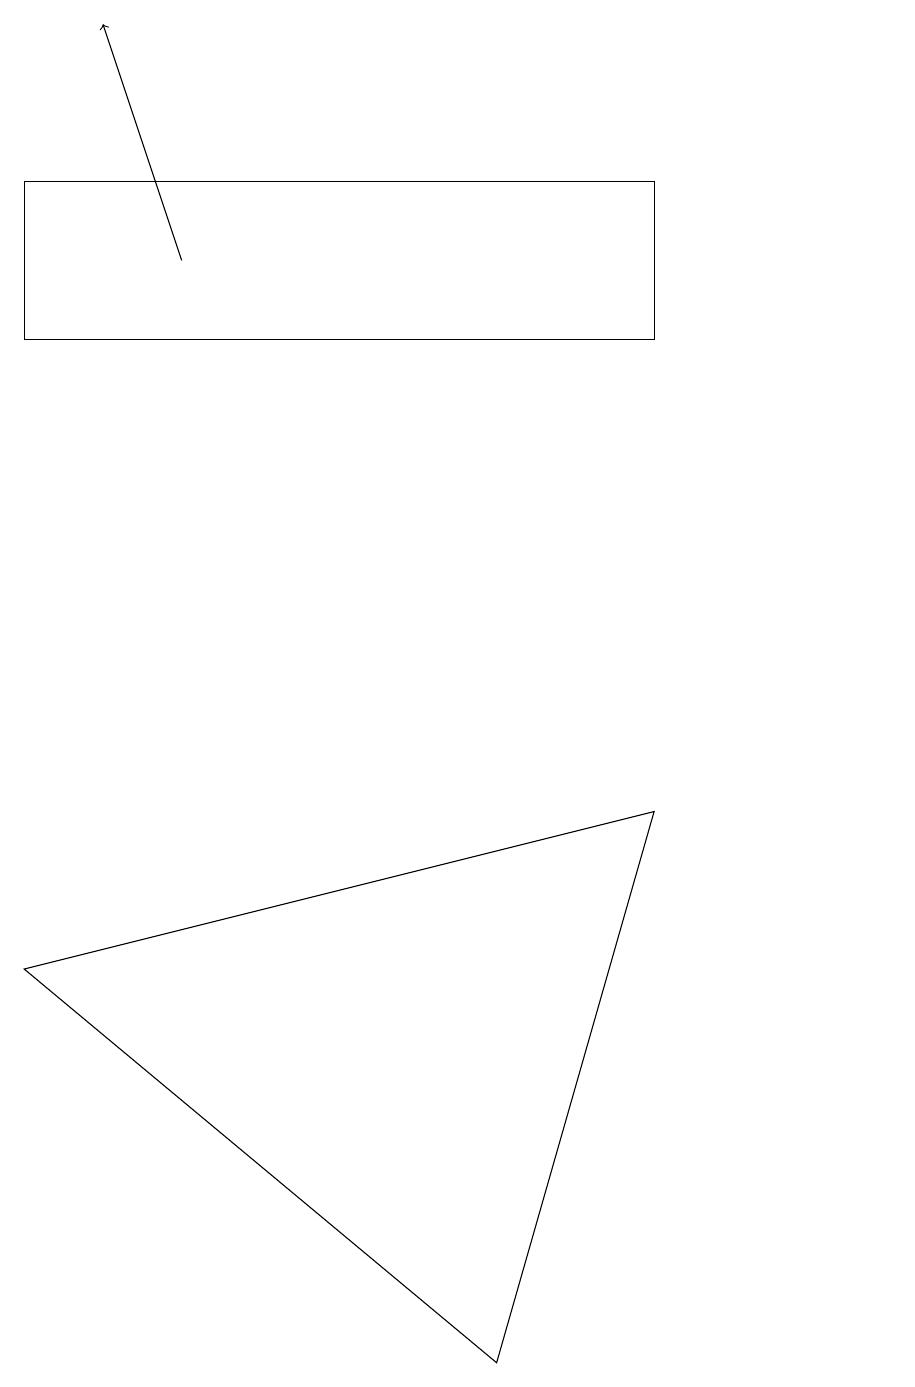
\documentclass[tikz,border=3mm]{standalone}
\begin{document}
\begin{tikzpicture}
\draw[->] (3,16) -- (2,19);
\draw (12,10) circle (0);
\draw (7,2) -- (1,7) -- (9,9) -- cycle;
\draw (1,15) rectangle (9,17);
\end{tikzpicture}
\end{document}